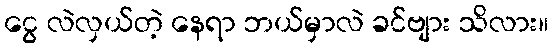
ငွေ လဲလှယ်တဲ့ နေရာ ဘယ်မှာလဲ ခင်ဗျား သိလား။